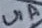
Text: U1A